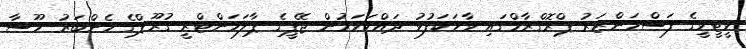
ވީޓީވީގެ ފަސްމަންޒަރު ޕްރޮގްރާމްގައި ވާހަކަފުޅު ދައްކަވަމުން ޖޭޕީގެ ޕާލަމަންޓްރީ ގުރޫޕްގެ މެންބަރު މޫސާ